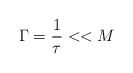
\begin{align*}\Gamma ={1 \over \tau }<<M \end{align*}